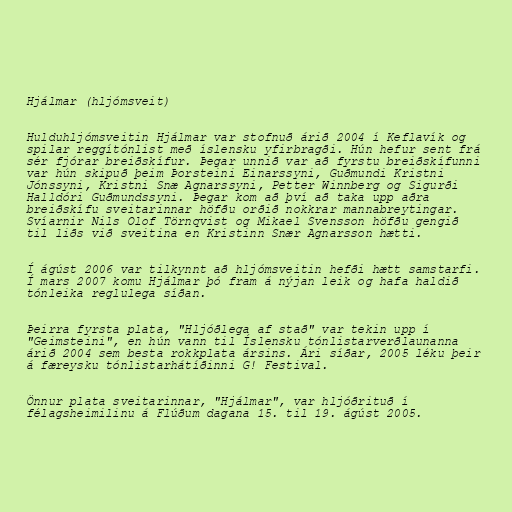
Hjálmar (hljómsveit)

Hulduhljómsveitin Hjálmar var stofnuð árið 2004 í Keflavík og
spilar reggítónlist með íslensku yfirbragði. Hún hefur sent frá
sér fjórar breiðskífur. Þegar unnið var að fyrstu breiðskífunni
var hún skipuð þeim Þorsteini Einarssyni, Guðmundi Kristni
Jónssyni, Kristni Snæ Agnarssyni, Petter Winnberg og Sigurði
Halldóri Guðmundssyni. Þegar kom að því að taka upp aðra
breiðskífu sveitarinnar höfðu orðið nokkrar mannabreytingar.
Svíarnir Nils Olof Törnqvist og Mikael Svensson höfðu gengið
til liðs við sveitina en Kristinn Snær Agnarsson hætti.

Í ágúst 2006 var tilkynnt að hljómsveitin hefði hætt samstarfi.
Í mars 2007 komu Hjálmar þó fram á nýjan leik og hafa haldið
tónleika reglulega síðan.

Þeirra fyrsta plata, "Hljóðlega af stað" var tekin upp í
"Geimsteini", en hún vann til Íslensku tónlistarverðlaunanna
árið 2004 sem besta rokkplata ársins. Ári síðar, 2005 léku þeir
á færeysku tónlistarhátíðinni G! Festival.

Önnur plata sveitarinnar, "Hjálmar", var hljóðrituð í
félagsheimilinu á Flúðum dagana 15. til 19. ágúst 2005.